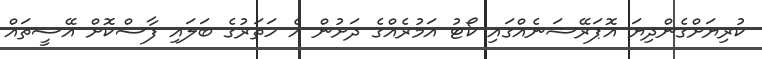
ކުރިޔަށްގެންދިޔަ އޮޕަރޭޝަނެއްގައި ކޯޓު އަމުރެއްގެ ދަށުން އެ ހަތަރުގެ ބަލައި ފާސްކޮށް އޭސީތައް